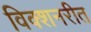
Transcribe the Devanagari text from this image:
विक्शनरीत